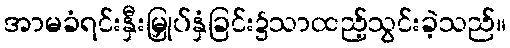
အာမခံရင်းနှီးမြှုပ်နှံခြင်း၌သာထည့်သွင်းခဲ့သည်။